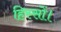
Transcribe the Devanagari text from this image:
हिस्सों।